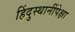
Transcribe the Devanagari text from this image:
हिंदुस्थानींपेक्षा